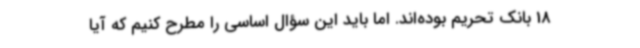
18 بانک تحریم بوده‌اند. اما باید این سؤال اساسی را مطرح کنیم که آیا